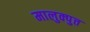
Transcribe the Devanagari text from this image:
मालुक्पुत्त